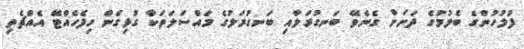
ފުލުހުންގެ ބެލުމުގެ ދަށަށް ގެނެވޭ ބަނގުރަލާއި ބަނގުރަލުގެ މައްސަލަތަކާ ގުޅިގެން ހިފެހެއްޓޭ އެއްޗެތި